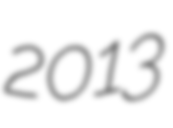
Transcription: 2013